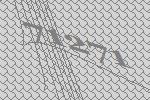
71271